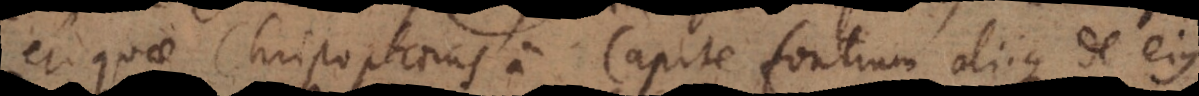
et quae Christophorus a Capitefontium aliique de ejus